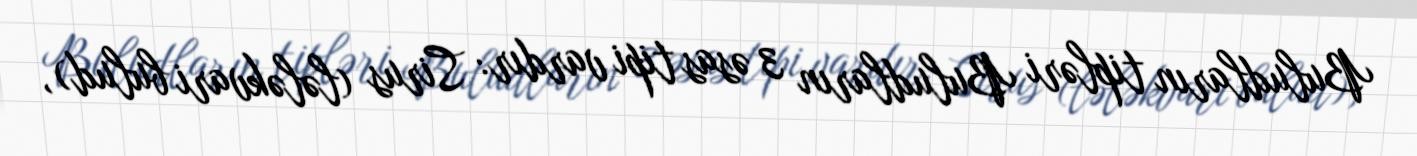
Buludların tipləri Buludların 3 əsas tipi vardır: Sirus (lələkvari bulud),